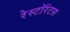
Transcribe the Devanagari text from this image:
रेस्टॉरंटस